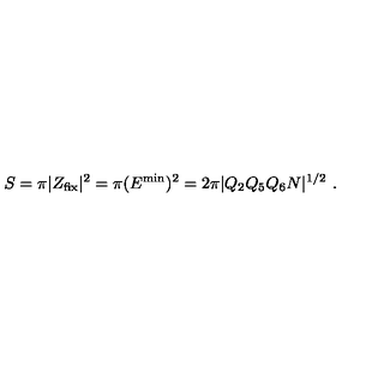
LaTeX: S = \pi | Z _ { \mathrm { f i x } } | ^ { 2 } = \pi ( E ^ { \mathrm { m i n } } ) ^ { 2 } = 2 \pi | Q _ { 2 } Q _ { 5 } Q _ { 6 } N | ^ { 1 / 2 } \ .